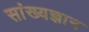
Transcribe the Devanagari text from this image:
सांख्यज्ञान